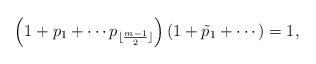
LaTeX: \begin{align*} \left(1+p_1+\cdots p_{\lfloor\frac{m-1}{2}\rfloor}\right)\left(1+\tilde{p}_{1}+\cdots\right)=1, \end{align*}